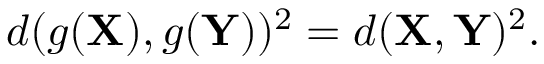
d ( g ( \mathbf { X } ) , g ( \mathbf { Y } ) ) ^ { 2 } = d ( \mathbf { X } , \mathbf { Y } ) ^ { 2 } .